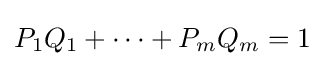
P_{1}Q_{1}+\dots +P_{m}Q_{m}=1